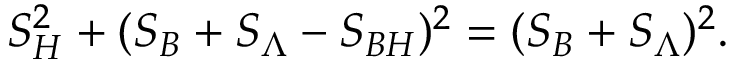
S _ { H } ^ { 2 } + ( S _ { B } + S _ { \Lambda } - S _ { B H } ) ^ { 2 } = ( S _ { B } + S _ { \Lambda } ) ^ { 2 } .